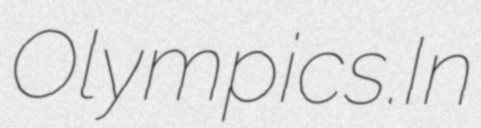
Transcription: Olympics.In